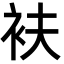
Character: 衭